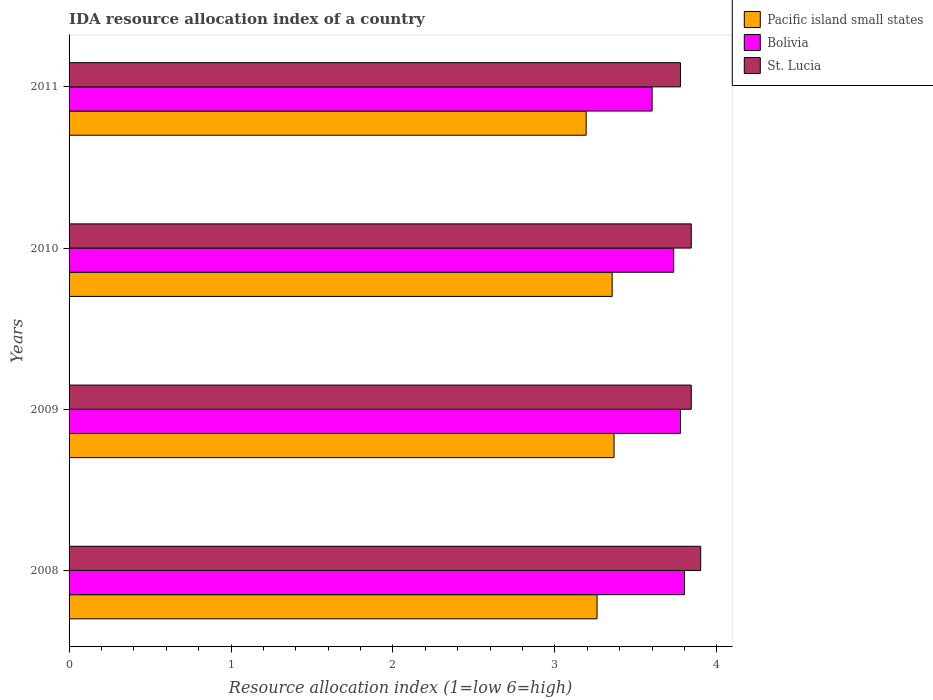
| Years | Pacific island small states | Bolivia | St. Lucia |
 | --- | --- | --- | --- |
 | 2008 | 3.26 | 3.8 | 3.9 |
 | 2009 | 3.37 | 3.77 | 3.84 |
 | 2010 | 3.35 | 3.73 | 3.84 |
 | 2011 | 3.19 | 3.6 | 3.77 |